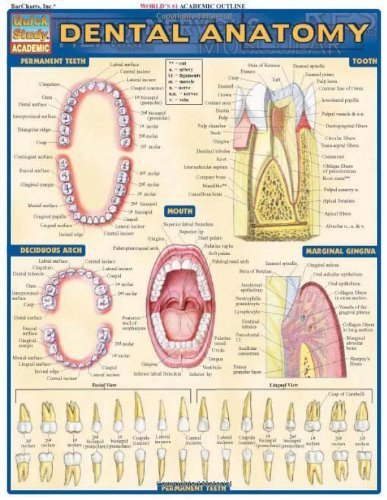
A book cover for Dental Anatomy: Reference Guide (Quickstudy: Academic) by BarCharts, Inc. (2004) Pamphlet; Medical Books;